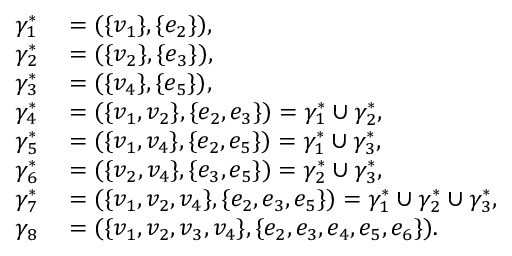
\begin{array} { r l } { \gamma _ { 1 } ^ { \ast } } & { { } = ( \{ v _ { 1 } \} , \{ e _ { 2 } \} ) , } \\ { \gamma _ { 2 } ^ { \ast } } & { { } = ( \{ v _ { 2 } \} , \{ e _ { 3 } \} ) , } \\ { \gamma _ { 3 } ^ { \ast } } & { { } = ( \{ v _ { 4 } \} , \{ e _ { 5 } \} ) , } \\ { \gamma _ { 4 } ^ { \ast } } & { { } = ( \{ v _ { 1 } , v _ { 2 } \} , \{ e _ { 2 } , e _ { 3 } \} ) = \gamma _ { 1 } ^ { \ast } \cup \gamma _ { 2 } ^ { \ast } , } \\ { \gamma _ { 5 } ^ { \ast } } & { { } = ( \{ v _ { 1 } , v _ { 4 } \} , \{ e _ { 2 } , e _ { 5 } \} ) = \gamma _ { 1 } ^ { \ast } \cup \gamma _ { 3 } ^ { \ast } , } \\ { \gamma _ { 6 } ^ { \ast } } & { { } = ( \{ v _ { 2 } , v _ { 4 } \} , \{ e _ { 3 } , e _ { 5 } \} ) = \gamma _ { 2 } ^ { \ast } \cup \gamma _ { 3 } ^ { \ast } , } \\ { \gamma _ { 7 } ^ { \ast } } & { { } = ( \{ v _ { 1 } , v _ { 2 } , v _ { 4 } \} , \{ e _ { 2 } , e _ { 3 } , e _ { 5 } \} ) = \gamma _ { 1 } ^ { \ast } \cup \gamma _ { 2 } ^ { \ast } \cup \gamma _ { 3 } ^ { \ast } , } \\ { \gamma _ { 8 } } & { { } = ( \{ v _ { 1 } , v _ { 2 } , v _ { 3 } , v _ { 4 } \} , \{ e _ { 2 } , e _ { 3 } , e _ { 4 } , e _ { 5 } , e _ { 6 } \} ) . } \end{array}